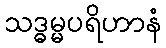
သဒ္ဓမ္မပရိဟာနံ